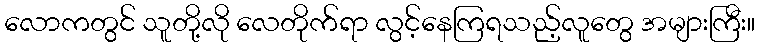
လောကတွင် သူတို့လို လေတိုက်ရာ လွင့်နေကြရသည့်လူတွေ အများကြီး။